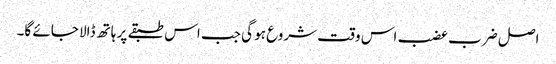
اصل ضرب عضب اس وقت شروع ہو گی جب اس طبقے پر ہاتھ ڈالا جائے گا۔